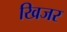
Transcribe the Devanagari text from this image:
खिजर